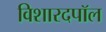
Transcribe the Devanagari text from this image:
विशारदपॉल